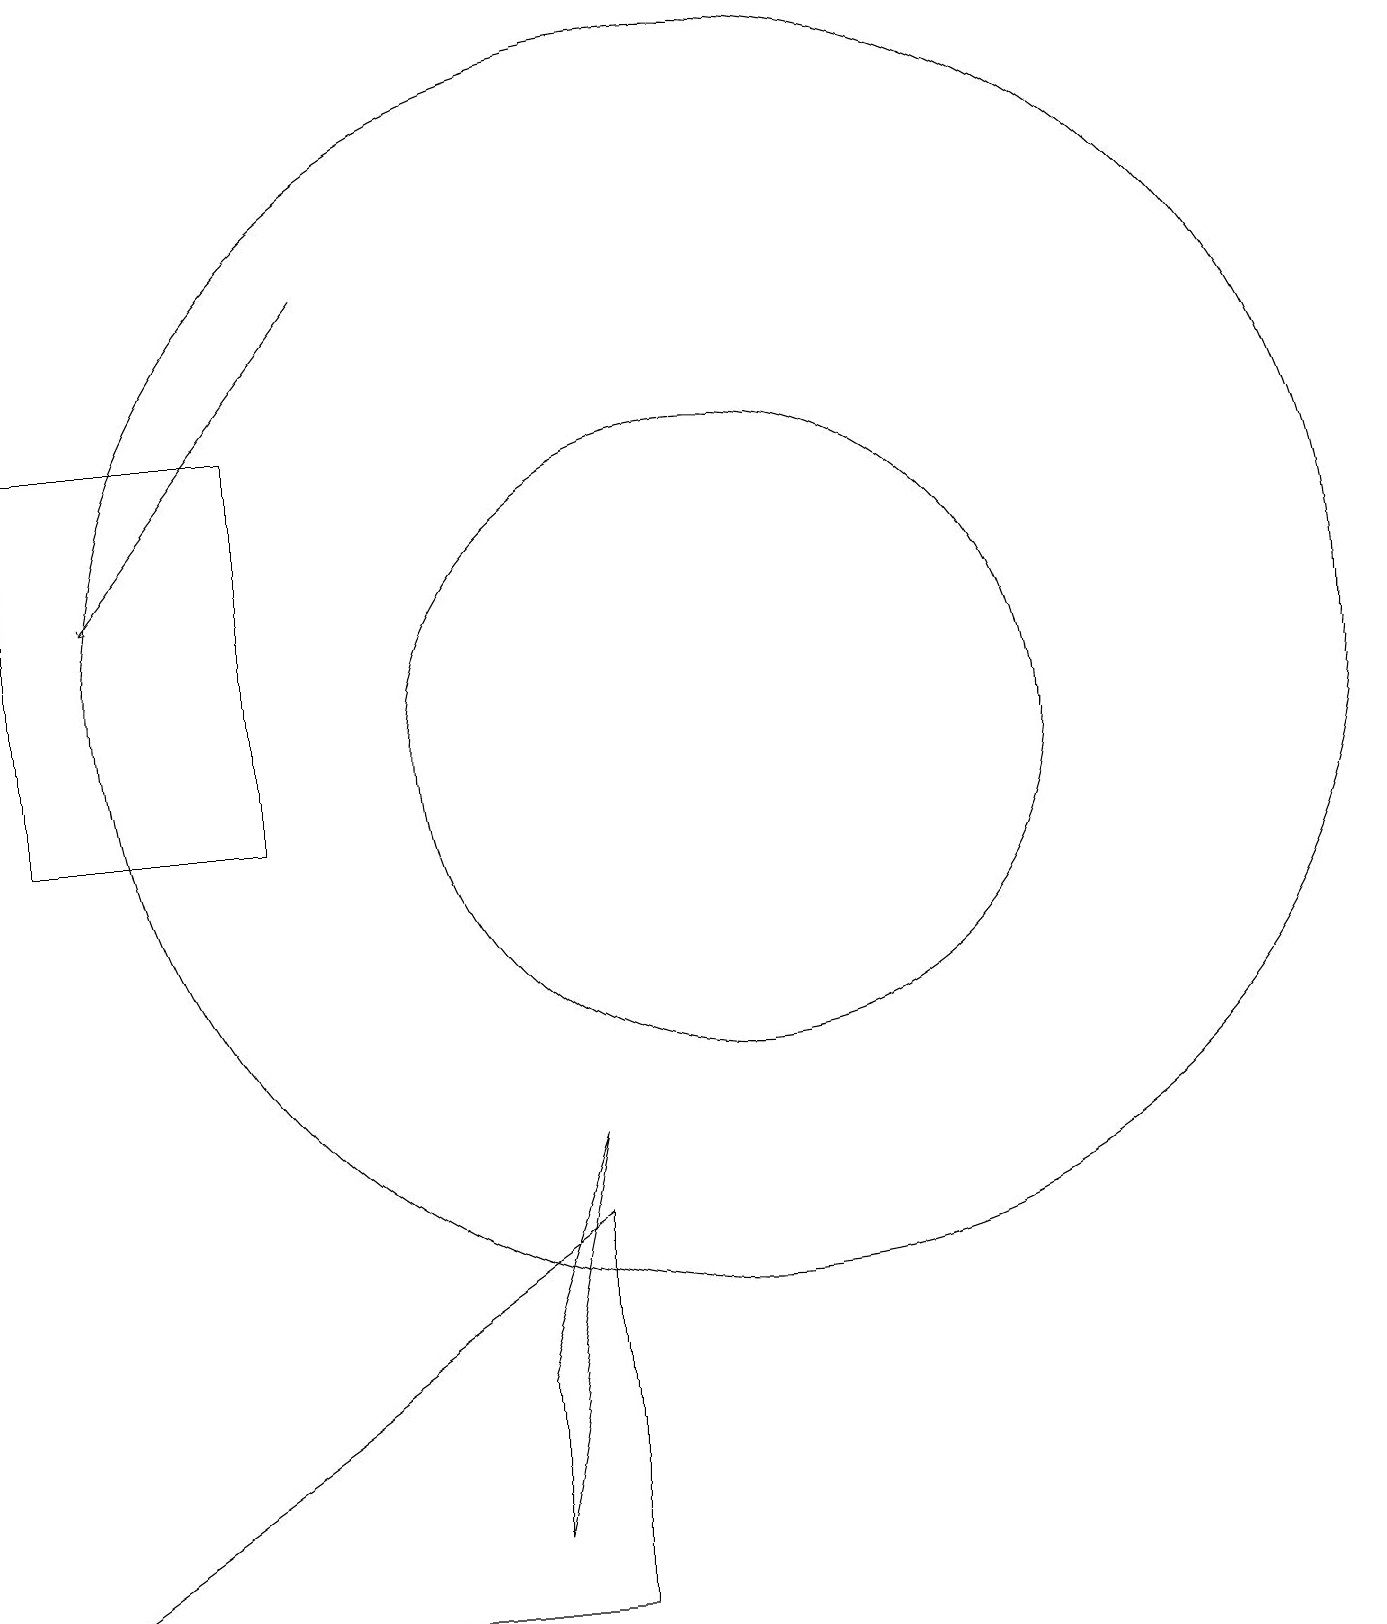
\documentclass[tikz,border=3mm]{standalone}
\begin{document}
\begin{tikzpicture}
\draw (10,11) circle (4);
\draw (10,12) circle (8);
\draw (1,0) -- (8,0) -- (8,5) -- cycle;
\draw (1,15) rectangle (4,10);
\draw[->] (5,17) -- (2,13);
\draw (7,1) -- (8,6) -- (7,3) -- cycle;
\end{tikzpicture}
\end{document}